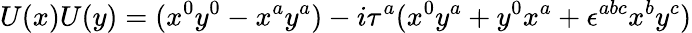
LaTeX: U(x)U(y)=(x^{0}y^{0}-x^{a}y^{a})-i\tau^{a}(x^{0}y^{a}+y^{0}x^{a}+\epsilon^{abc}x^{b}y^{c})